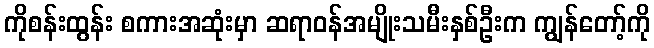
ကိုစန်းထွန်း စကားအဆုံးမှာ ဆရာဝန်အမျိုးသမီးနှစ်ဦးက ကျွန်တော့်ကို